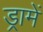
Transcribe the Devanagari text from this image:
ड्रामें